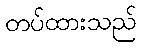
တပ်ထားသည်